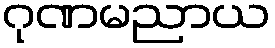
ဂုဏမညာယ